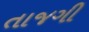
તાજગી